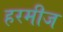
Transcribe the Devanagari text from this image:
हरमीज